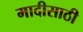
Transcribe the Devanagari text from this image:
मादीसाठी